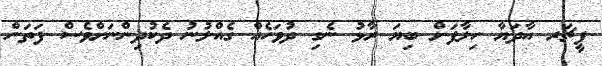
ފީޗަރ އާދަޔާ ހިލާފަށް ބިޔަ ރާޅު ނެގި ދުވަހެއް ގެއްލުނު ދެކުދިންނަށްވެސް ފަތަން